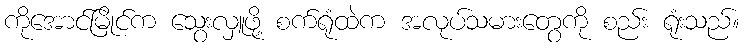
ကိုအောင်မြိုင်က သွေးလှူဖို့ စက်ရုံထဲက အလုပ်သမားတွေကို စည်း ရုံးသည်။